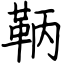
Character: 鞆